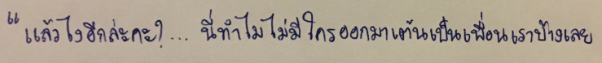
"แล้วไงอีกล่ะคะ?...นี่ทำไมไม่มีใครออกมาเต้นเป็นเพื่อนเราบ้างเลย